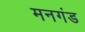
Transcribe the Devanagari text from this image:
मनगंड